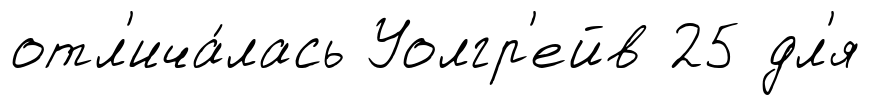
отл'ича́лась Уолгр'ейв 25 дл'я